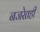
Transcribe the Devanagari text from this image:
नजरेतही